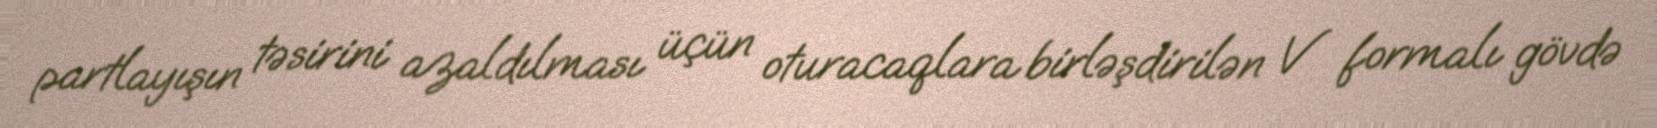
partlayışın təsirini azaldılması üçün oturacaqlara birləşdirilən V formalı gövdə